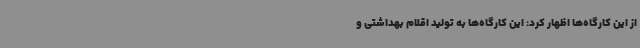
از این کارگاه‌ها اظهار کرد: این کارگاه‌ها به تولید اقلام بهداشتی و